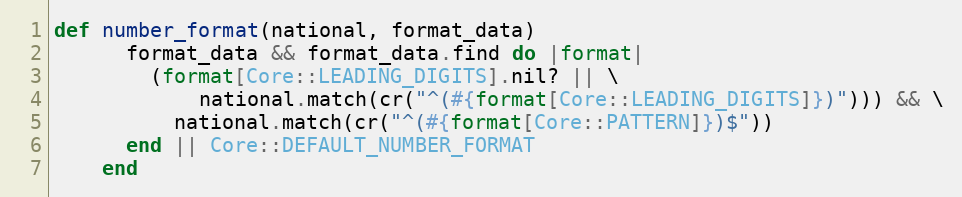
Language: Ruby
def number_format(national, format_data)
      format_data && format_data.find do |format|
        (format[Core::LEADING_DIGITS].nil? || \
            national.match(cr("^(#{format[Core::LEADING_DIGITS]})"))) && \
          national.match(cr("^(#{format[Core::PATTERN]})$"))
      end || Core::DEFAULT_NUMBER_FORMAT
    end